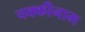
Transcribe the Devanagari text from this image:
चक्कीनाम